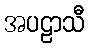
အပဠာသီ